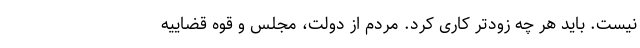
نیست. باید هر چه زودتر کاری کرد. مردم از دولت، مجلس و قوه قضاییه